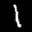
Label: 1